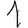
Digit: 1